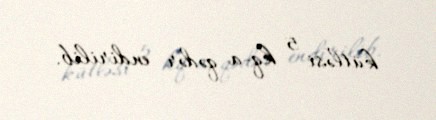
kütləsi 5 kq-a qədər endirilib.